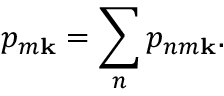
p _ { m \mathbf { k } } = \sum _ { n } p _ { n m \mathbf { k } } .